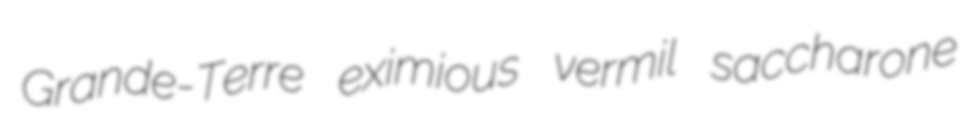
Grande-Terre eximious vermil saccharone